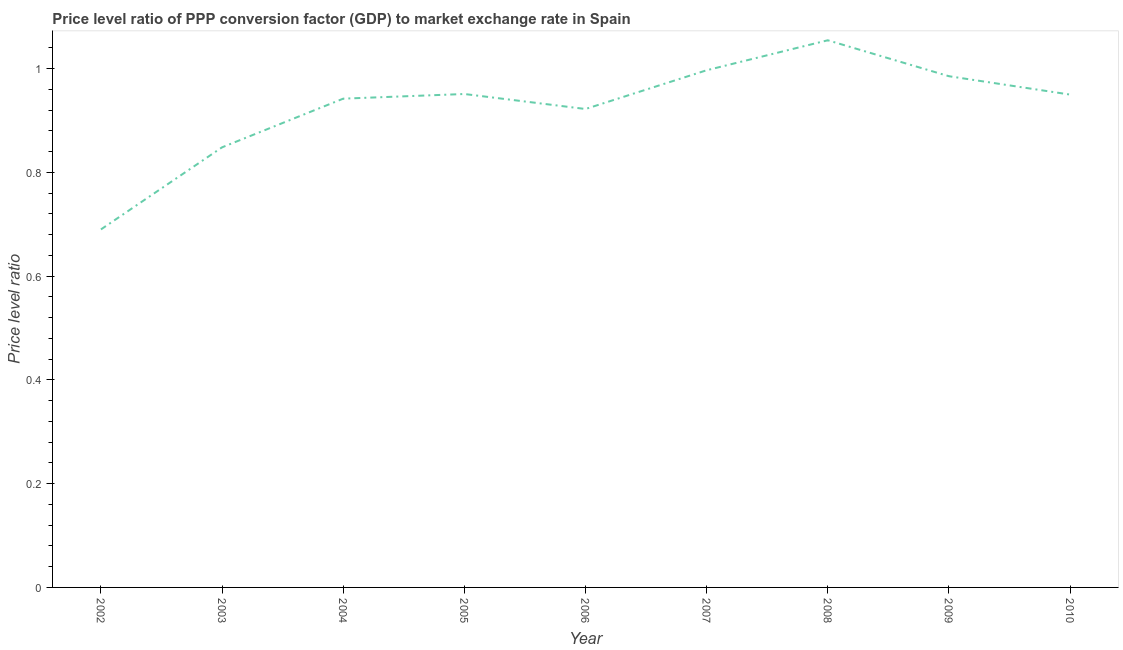
| Year | Price level ratio |
 | --- | --- |
 | 2002 | 0.69 |
 | 2003 | 0.848 |
 | 2004 | 0.942 |
 | 2005 | 0.951 |
 | 2006 | 0.922 |
 | 2007 | 0.997 |
 | 2008 | 1.05 |
 | 2009 | 0.986 |
 | 2010 | 0.95 |